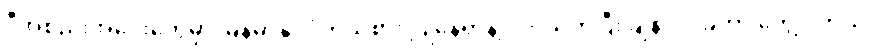
ဒီအစည်းအဝေးတွေမှာ မြန်မာနိုင်ငံကိုယ်စား ပြုနေရာနဲ့ ပတ်သက်ပြီး ချန်လှပ်ခဲ့တာ တွေ့ပါတယ်။